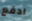
ادفع